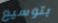
بتوسيع